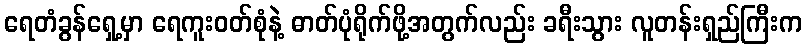
ရေတံခွန်ရှေ့မှာ ရေကူးဝတ်စုံနဲ့ ဓာတ်ပုံရိုက်ဖို့အတွက်လည်း ခရီးသွား လူတန်းရှည်ကြီးက